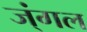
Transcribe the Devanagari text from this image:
ज्ंगल